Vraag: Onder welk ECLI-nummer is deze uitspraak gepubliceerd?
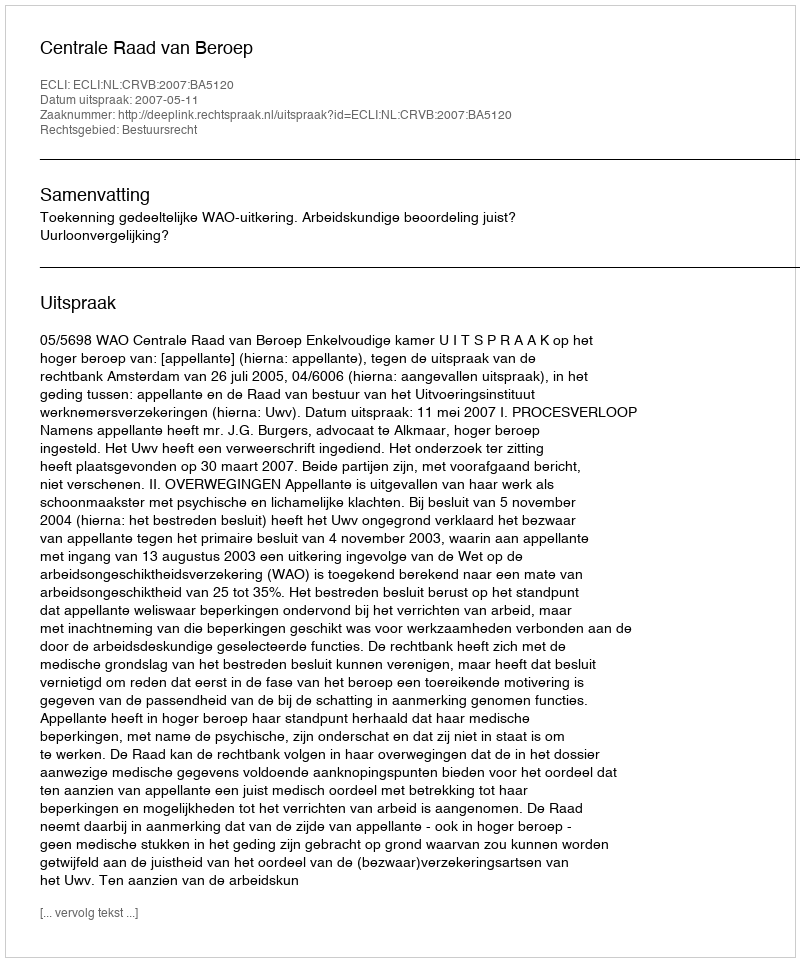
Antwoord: ECLI:NL:CRVB:2007:BA5120